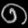
Digit: ၈